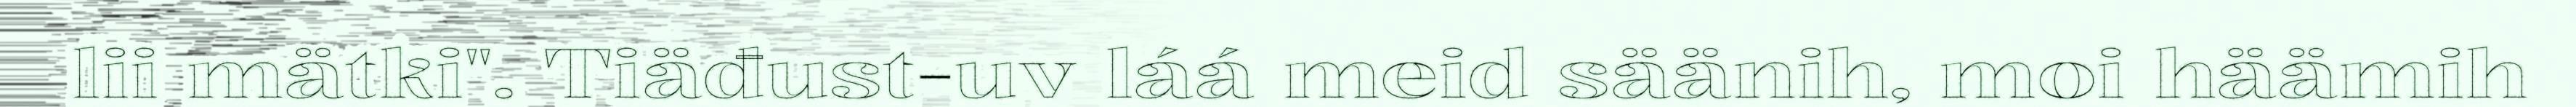
lii mätki". Tiäđust-uv láá meid säänih, moi häämih